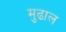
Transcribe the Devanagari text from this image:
मुढाल